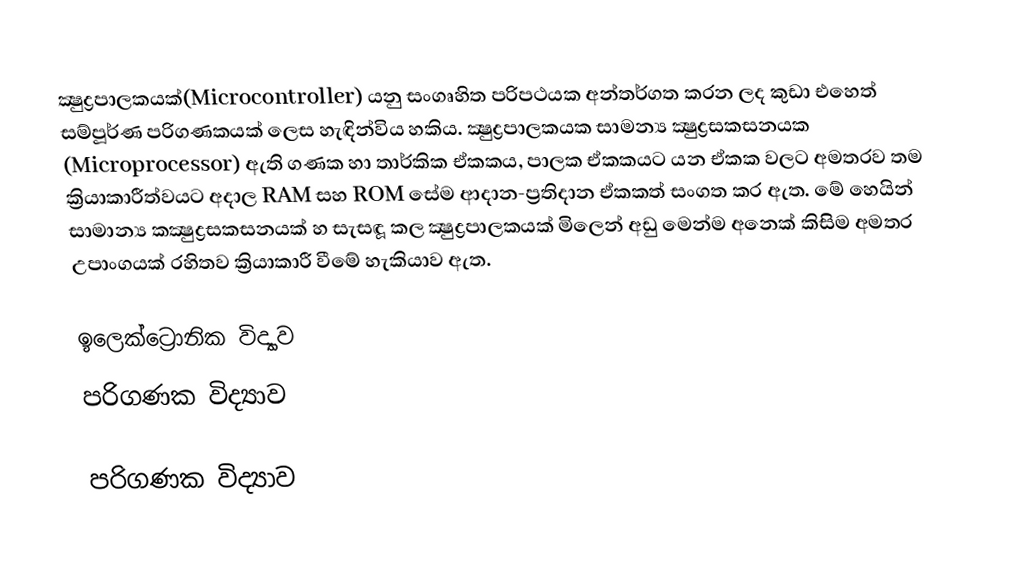
ක්‍ෂුද්‍රපාලකයක්(Microcontroller) යනු සංගෘහිත පරිපථයක අන්තර්ගත කරන ලද කුඩා එහෙත් සම්පූර්ණ පරිගණකයක් ලෙස හැඳින්විය හකිය. ක්‍ෂුද්‍රපාලකයක සාමන්‍ය ක්‍ෂුද්‍රසකසනයක (Microprocessor) ඇති ගණක හා තාර්කික ඒකකය, පාලක ඒකකයට යන ඒකක වලට අමතරව තම ක්‍රියාකාරීත්වයට අදාල RAM සහ ROM සේම ආදාන-ප්‍රතිදාන ඒකකත් සංගත කර ඇත. මේ හෙයින් සාමාන්‍ය කක්‍ෂුද්‍රසකසනයක් හ සැසඳූ කල ක්‍ෂුද්‍රපාලකයක් මිලෙන් අඩු මෙන්ම අනෙක් කිසිම අමතර උපාංගයක් රහිතව ක්‍රියාකාරී වීමේ හැකියාව ඇත.

ඉලෙක්ට්‍රොනික විද්‍යාව
පරිගණක විද්‍යාව

පරිගණක විද්‍යාව